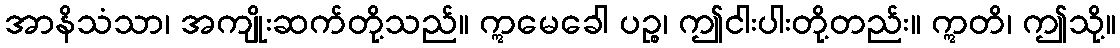
အာနိသံသာ၊ အကျိုးဆက်တို့သည်။ ဣမေခေါ ပဉ္စ၊ ဤငါးပါးတို့တည်း။ ဣတိ၊ ဤသို့။